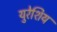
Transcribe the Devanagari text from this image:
युरेशिय